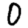
Digit: 0